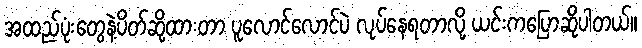
အထည်ပုံးတွေနဲ့ပိတ်ဆို့ထားတာ ပူလောင်လောင်ပဲ လုပ်နေရတာလို့ ယင်းကပြောဆိုပါတယ်။